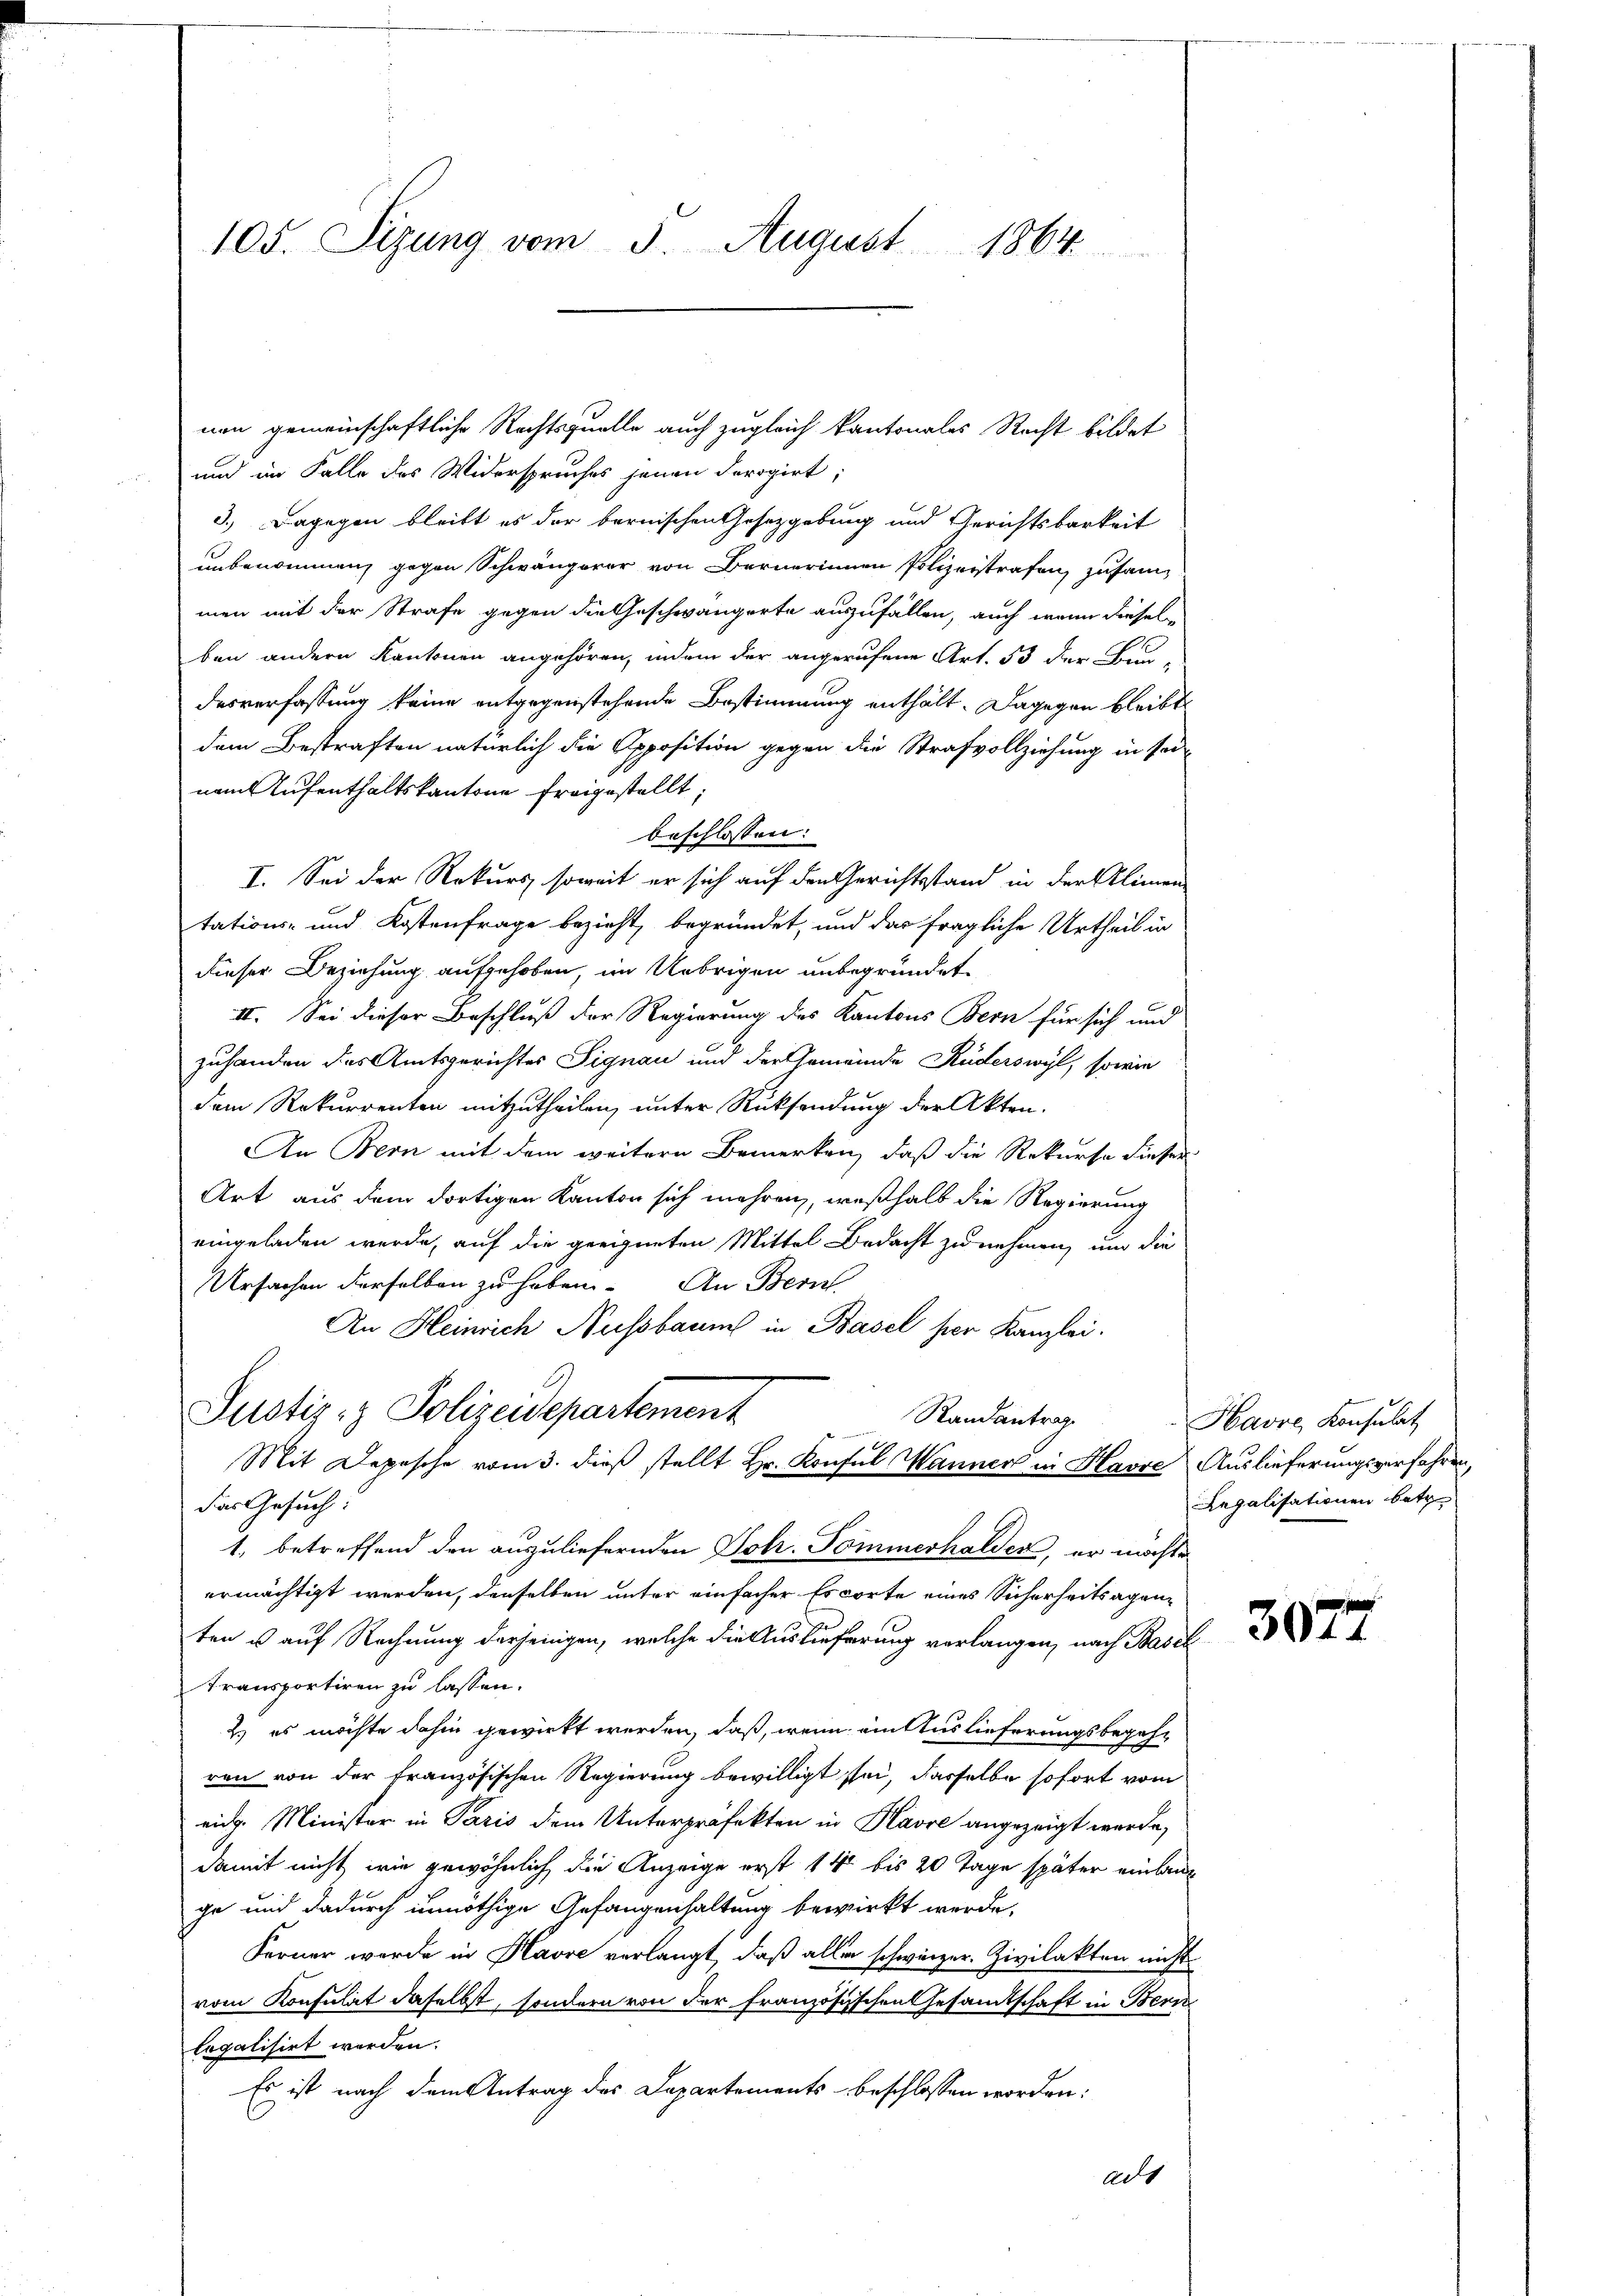
105. Sizung vom 5. August 1864.

nen gemeinschaftliche Rechtsquelle auch zugleich kantonales Recht bildet
und im Falle des Widerspruches jenen derogirt;
3.) Dagegen bleibt es der bernischen Gesetzgebung und Gerichtsbarkeit
unbenommen, gegen Schwängerer von Bernerinnen Polizeistrafen, zusammen mit der Strafe gegen die Geschwängerte auszufällen, auch wenn diesel
ben andern Kantonen angehören, indem der angerufene Art. 53 der Bun-
desverfassung keine entgegenstehende Bestimmung enthält. Dagegen bleibt
dem Bestraften natürlich die Apposition gegen die Strafvollziehung in sei-
nem Aufenthaltskantone freigestellt;
beschlossen:
I. Sei der Rekurs, soweit er sich auf den Gerichtsstand in der Alimen
tations- und Kostenfrage bezieht, begründet, und das fragliche Urtheil in
dieser Beziehung aufgehoben, im Uebrigen unbegründet.
II. Sei dieser Beschluß der Regierung des Kantons Bern für sich und
zuhanden das Amtsgerichtes Signau und der Gemeinde Rüderswyl, sowie
dem Rekurrenten mitzutheilen, unter Rücksendung der Akten.
An Bern mit dem weitere Bemerken, daß die Rekurse dieser
Art aus dem dortigen Kanton sich mehren, weßhalb die Regierung
eingeladen werde, auf die geeigneten Mittel Bedacht zu nehmen, um die
Ursachen derselben zu haben. An Bern
An Heinrich Nussbaums in Basel her Kanzlei.
Justiz- & Polizeidepartement
Randantrag
Mit Depesche vom 3. dieß stellt Hr. Konsul Wanner in Havre Auslieferungsverfahren,
das Gesuch:
1. betreffend den auszuliefernden Sohr-Pommerhalder, er möchte
ermächtigt werden, denselben unter einfacher Escorte eines Sicherheitsagenten u auf Rechnung derjenigen, welche die Auslieferung verlangen, nach Basel
transportiren zu lassen.
2) es möchte dahin gewirkt werden, daß, wenn ein Auslieferungsbegehren von der französischen Regierung bewilligt sei, dasselbe sofort vom
eich. Minister in Paris dem Unterpräfekten in Havre angezeigt wurde,
damit nicht wie gewöhnlich die Anzeige erst 14 bis 20 Tage später einlang
ge und dadurch unnöthige Gefangenhaltung bewirkt werde,
Ferner werde in Havre verlangt, daß aller schweizer. Zivilakten nicht
vom Konsulat daselbst, sondern von der französischen Gesandtschaft in Bern
legalisirt worden.
Es ist nach dem Antrag des Departements beschlossen worden:
adt

Havre, Konsulat
Regalisationen betr

3077